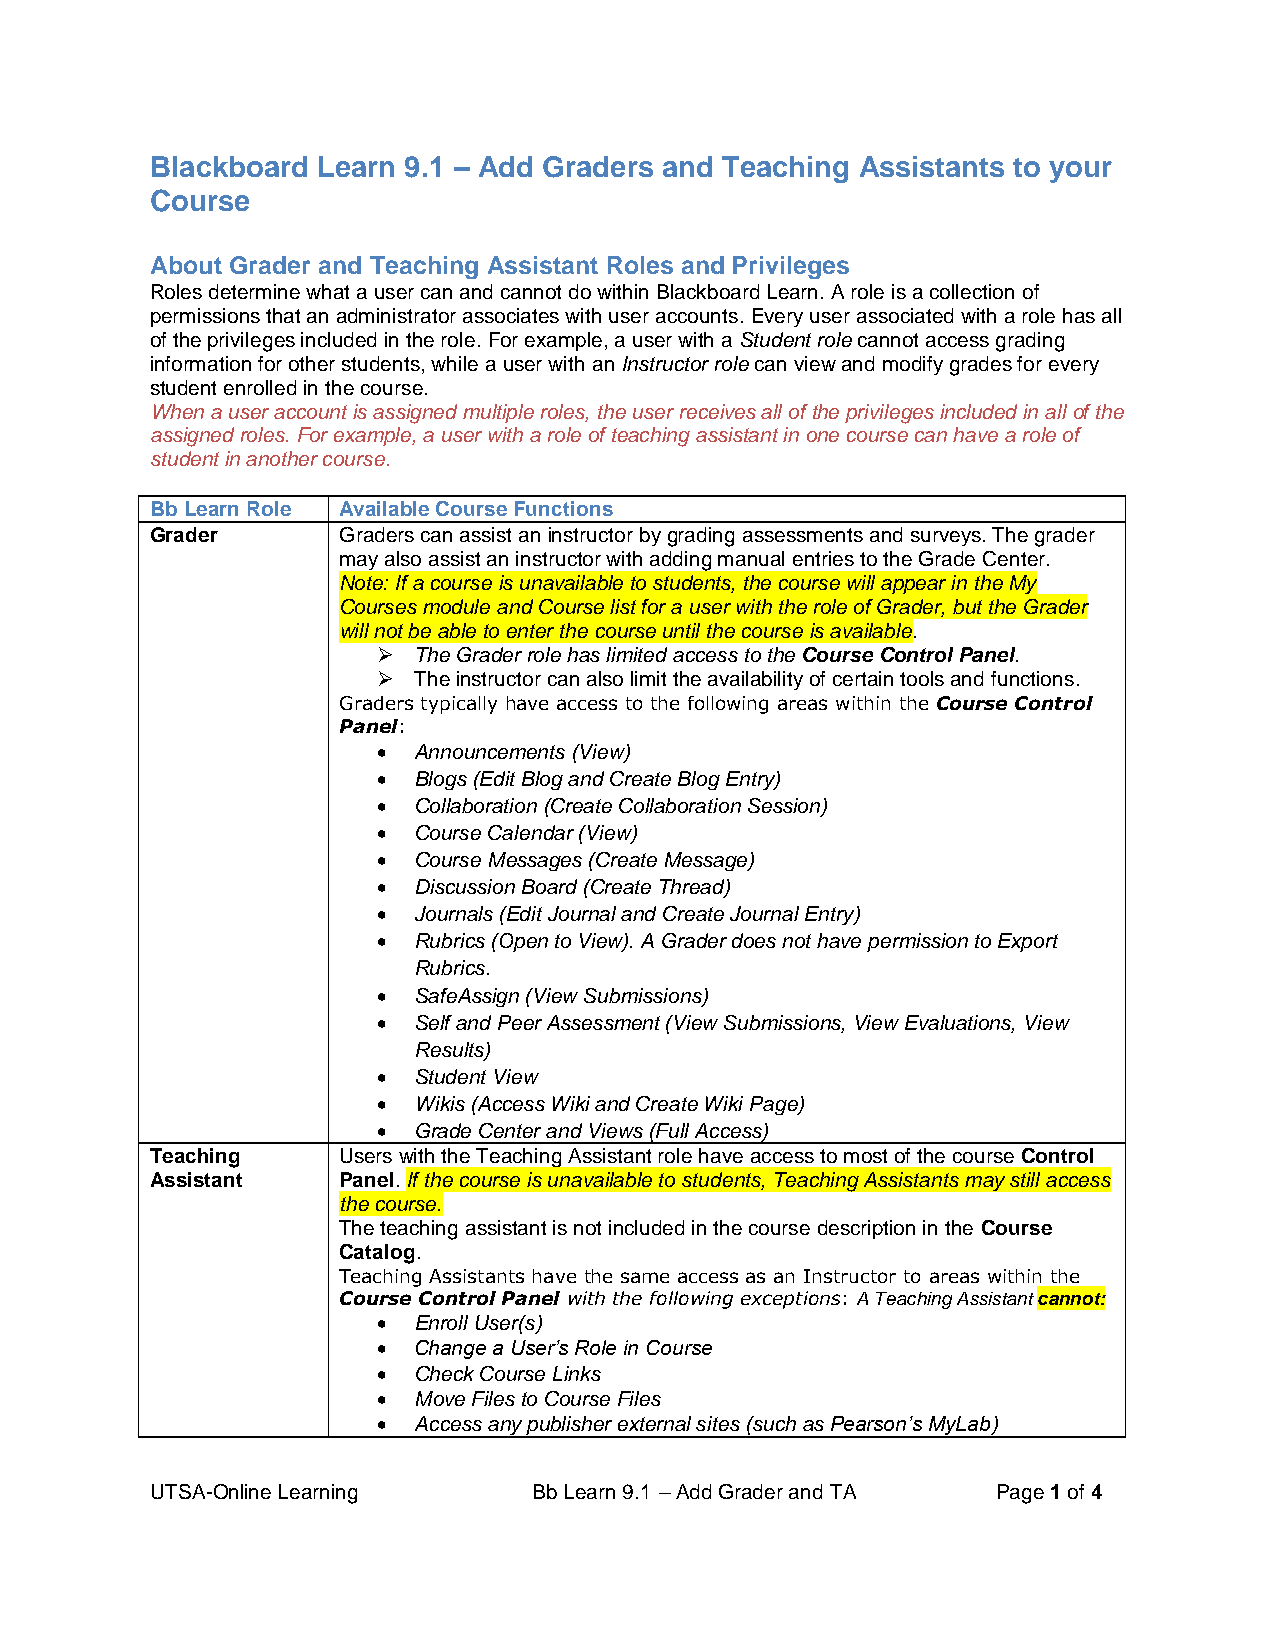
Blackboard Learn 9.1 – Add Graders and Teaching Assistants to your
 Course
 About Grader and Teaching Assistant Roles and Privileges
 Roles determine what a user can and cannot do within Blackboard Learn. A role is a collection of
 permissions that an administrator associates with user accounts. Every user associated with a role has all
 of the privileges included in the role. For example, a user with a Student role cannot access grading
 information for other students, while a user with an Instructor role can view and modify grades for every
 student enrolled in the course.
 When a user account is assigned multiple roles, the user receives all of the privileges included in all of the
 assigned roles. For example, a user with a role of teaching assistant in one course can have a role of
 student in another course.
 Bb Learn Role Available Course Functions
 Grader      Graders can assist an instructor by grading assessments and surveys. The grader
 may also assist an instructor with adding manual entries to the Grade Center.
 Note: If a course is unavailable to students, the course will appear in the My
 Courses module and Course list for a user with the role of Grader, but the Grader
 will not be able to enter the course until the course is available.
  The Grader role has limited access to the Course Control Panel.
  The instructor can also limit the availability of certain tools and functions.
 Graders typically have access to the following areas within the Course Control
 Panel:
  Announcements (View)
  Blogs (Edit Blog and Create Blog Entry)
  Collaboration (Create Collaboration Session)
  Course Calendar (View)
  Course Messages (Create Message)
  Discussion Board (Create Thread)
  Journals (Edit Journal and Create Journal Entry)
  Rubrics (Open to View). A Grader does not have permission to Export
 Rubrics.
  SafeAssign (View Submissions)
  Self and Peer Assessment (View Submissions, View Evaluations, View
 Results)
  Student View
  Wikis (Access Wiki and Create Wiki Page)
  Grade Center and Views (Full Access)
 Teaching    Users with the Teaching Assistant role have access to most of the course Control
 Assistant   Panel. If the course is unavailable to students, Teaching Assistants may still access
 the course.
 The teaching assistant is not included in the course description in the Course
 Catalog.
 Teaching Assistants have the same access as an Instructor to areas within the
 Course Control Panel with the following exceptions: A Teaching Assistant cannot:
  Enroll User(s)
  Change a User’s Role in Course
  Check Course Links
  Move Files to Course Files
  Access any publisher external sites (such as Pearson’s MyLab)
 UTSA-Online Learning     Bb Learn 9.1 – Add Grader and TA Page 1 of 4